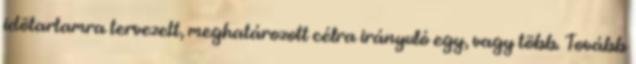
idõtartamra tervezett, meghatározott célra irányuló egy, vagy több. Tovább